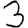
Digit: 3